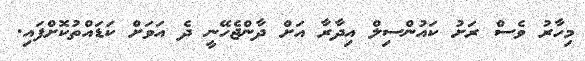
މިހާރު ވެސް ރަށު ކައުންސިލް އިދާރާ އަށް ދާންޖެހޭނީ ދެ އަވަށް ކަޑައްތުކޮށްފައި.